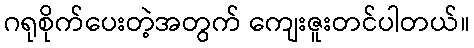
ဂရုစိုက်ပေးတဲ့အတွက် ကျေးဇူးတင်ပါတယ်။